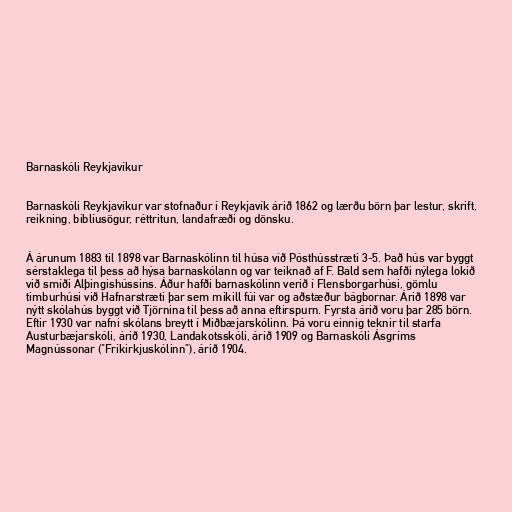
Barnaskóli Reykjavíkur

Barnaskóli Reykjavíkur var stofnaður í Reykjavík árið 1862 og lærðu börn þar lestur, skrift,
reikning, biblíusögur, réttritun, landafræði og dönsku.

Á árunum 1883 til 1898 var Barnaskólinn til húsa við Pósthússtræti 3-5. Það hús var byggt
sérstaklega til þess að hýsa barnaskólann og var teiknað af F. Bald sem hafði nýlega lokið
við smíði Alþingishússins. Áður hafði barnaskólinn verið í Flensborgarhúsi, gömlu
timburhúsi við Hafnarstræti þar sem mikill fúi var og aðstæður bágbornar. Árið 1898 var
nýtt skólahús byggt við Tjörnina til þess að anna eftirspurn. Fyrsta árið voru þar 285 börn.
Eftir 1930 var nafni skólans breytt í Miðbæjarskólinn. Þá voru einnig teknir til starfa
Austurbæjarskóli, árið 1930, Landakotsskóli, árið 1909 og Barnaskóli Ásgríms
Magnússonar ("Fríkirkjuskólinn"), árið 1904.